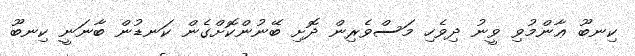
ކިނބޫ ޢާންމުވި ވީނު ދިވެހި މަސްވެރިން ދޮށި ބޭނުންކޮށްގެން ކަނޑުން ބާނަނީ ކިނބޫ